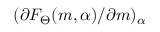
( \partial { F _ { \Theta } ( m , \alpha ) / \partial { m } } ) _ { \alpha }